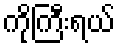
ကိုကြီးရယ်